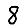
Digit: 8